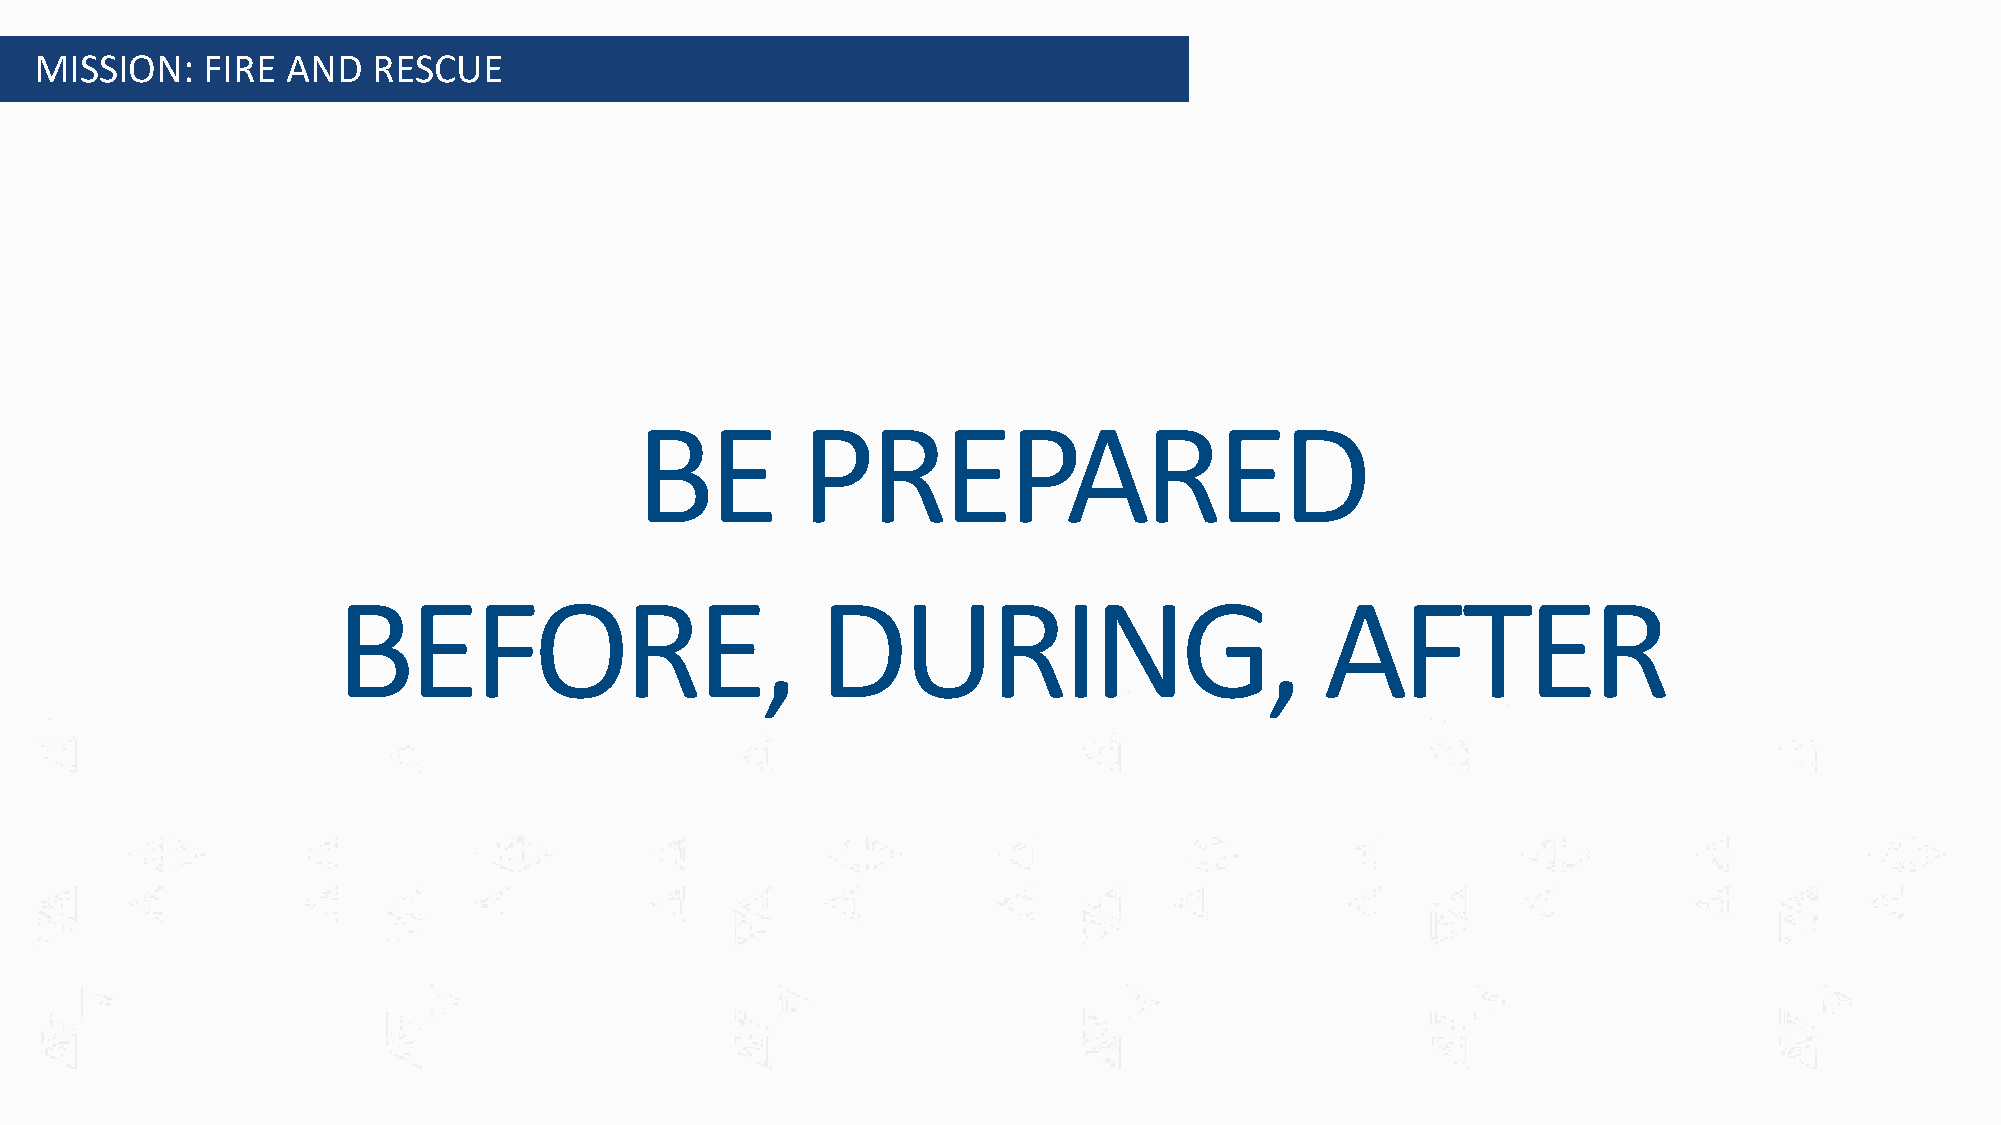
MISSION:   FIRE  AND   RESCUE
 BE         PREPARED
 BEFORE,                         DURING,                           AFTER